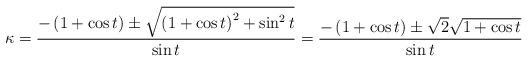
LaTeX: \begin{align*}\kappa &=\frac{- \left( 1 + \cos{t} \right)\pm\sqrt{\left( 1 + \cos{t} \right)^2+\sin^2{t}}}{\sin{t}} =\frac{- \left( 1 + \cos{t} \right)\pm\sqrt{2}\sqrt{1 + \cos{t}}}{\sin{t}}\end{align*}